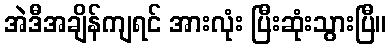
အဲဒီအချိန်ကျရင် အားလုံး ပြီးဆုံးသွားပြီ။